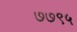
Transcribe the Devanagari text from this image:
७७९५